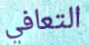
التعافي